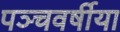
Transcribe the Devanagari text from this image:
पञ्चवर्षीया